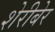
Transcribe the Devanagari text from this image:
शेरीबेर